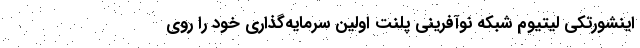
اینشورتکی لیتیوم شبکه نوآفرینی پلنت اولین سرمایه‌گذاری خود را روی